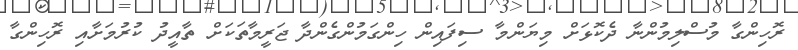
ރޮހިންގާ މުސްލިމުންނާ ދެކޮޅަށް މިޔަންމާ ސިފައިން ހިންގަމުންގެންދާ ޖަރީމާތަކަށް ތާއީދު ކުރުމަށާއި ރޮހިންގާ